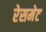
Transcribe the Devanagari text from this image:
रेसमेट